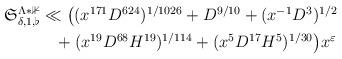
LaTeX: \begin{align*}\begin{aligned}\mathfrak{S}_{\delta, 1, \flat}^{\Lambda*\mathbb{1}}& \ll \big((x^{171} D^{624})^{1/1026}+ D^{9/10}+ (x^{-1}D^3)^{1/2}\\& \hskip 3,5mm+ (x^{19} D^{68} H^{19})^{1/114}+ (x^5D^{17}H^5)^{1/30}\big)x^{\varepsilon}\end{aligned}\end{align*}